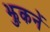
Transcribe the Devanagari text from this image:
झुकनें